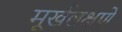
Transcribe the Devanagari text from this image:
मूर्खलक्षणे